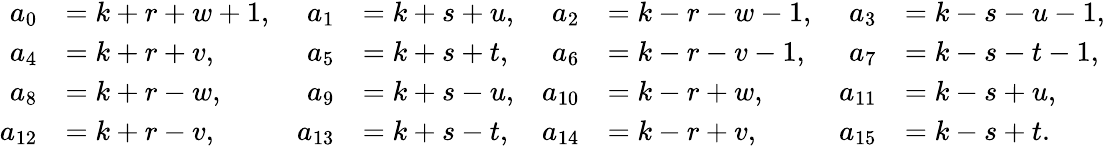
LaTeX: \begin{array}{rlrlrlrl}{a_{0}}&{=k+r+w+1,}&{a_{1}}&{=k+s+u,}&{a_{2}}&{=k-r-w-1,}&{a_{3}}&{=k-s-u-1,}\\ {a_{4}}&{=k+r+v,}&{a_{5}}&{=k+s+t,}&{a_{6}}&{=k-r-v-1,}&{a_{7}}&{=k-s-t-1,}\\ {a_{8}}&{=k+r-w,}&{a_{9}}&{=k+s-u,}&{a_{10}}&{=k-r+w,}&{a_{11}}&{=k-s+u,}\\ {a_{12}}&{=k+r-v,}&{a_{13}}&{=k+s-t,}&{a_{14}}&{=k-r+v,}&{a_{15}}&{=k-s+t.}\end{array}